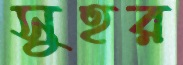
সুহর